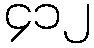
၄၁၂